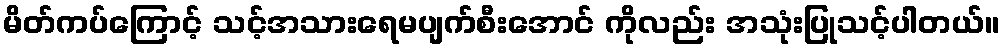
မိတ်ကပ်ကြောင့် သင့်အသားရေမပျက်စီးအောင် ကိုလည်း အသုံးပြုသင့်ပါတယ်။